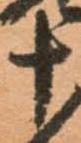
十